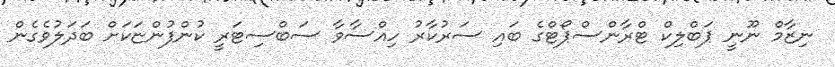
ނިޒާމް ނޫނީ ޕަބްލިކް ޓްރާންސްޕޯޓްގެ ބައި ސަރުކާރު ހިއްސާވާ ސަބްސިޓަރީ ކުންފުންޏަކަށް ބަދަލުވެގެން